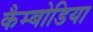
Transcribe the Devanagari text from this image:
कैम्बोडिया